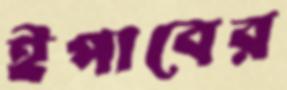
ইপাবের